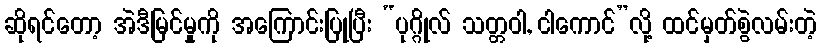
ဆိုရင်တော့ အဲဒီမြင်မှုကို အကြောင်းပြုပြီး “ပုဂ္ဂိုလ် သတ္တဝါ, ငါကောင်”လို့ ထင်မှတ်စွဲလမ်းတဲ့